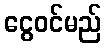
ငွေဝင်မည်